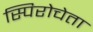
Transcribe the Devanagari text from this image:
स्पिरोचेता